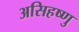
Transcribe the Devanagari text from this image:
असिहष्णु